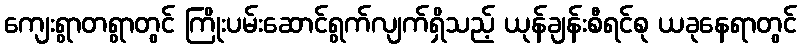
ကျေးရွာတရွာတွင် ကြိုးပမ်းဆောင်ရွက်လျက်ရှိသည့် ယုန်ချန်းစီရင်စု ယခုနေရာတွင်